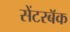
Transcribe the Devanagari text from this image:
सेंटरबॅक